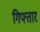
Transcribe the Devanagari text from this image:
गिफ्तार